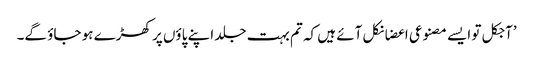
’آجکل تو ایسے مصنوعی اعضا نکل آئے ہیں کہ تم بہت جلد اپنے پاؤں پر کھڑے ہو جاؤ گے۔